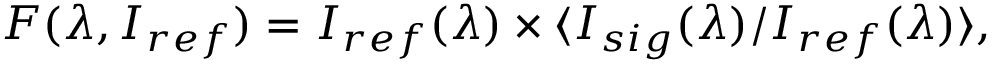
F ( \lambda , I _ { r e f } ) = I _ { r e f } ( \lambda ) \times \langle I _ { s i g } ( \lambda ) / I _ { r e f } ( \lambda ) \rangle ,